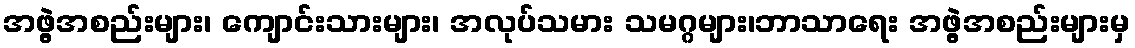
အဖွဲ့အစည်းများ၊ ကျောင်းသားများ၊ အလုပ်သမား သမဂ္ဂများ၊ဘာသာရေး အဖွဲ့အစည်းများမှ